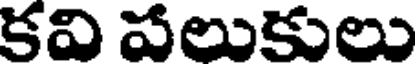
కవి పలుకులు